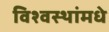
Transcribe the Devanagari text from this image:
विश्वस्थांमधे